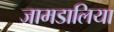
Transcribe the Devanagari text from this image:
जामडालिया